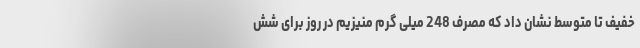
خفیف تا متوسط نشان داد که مصرف 248 میلی گرم منیزیم در روز برای شش